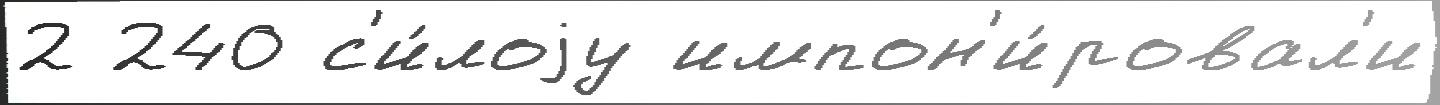
2 240 с'и́лоjу импон'и́ровал'и